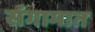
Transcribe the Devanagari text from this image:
संगामात